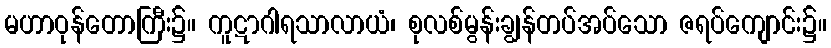
မဟာဝုန်တောကြီး၌။ ကူဋာဂါရသာလာယံ၊ စုလစ်မွန်းချွန်တပ်အပ်သော ဇရပ်ကျောင်း၌။